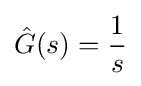
{\hat {G}}(s)={\frac {1}{s}}